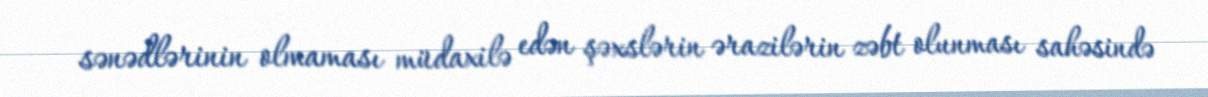
sənədlərinin olmaması müdaxilə edən şəxslərin ərazilərin zəbt olunması sahəsində